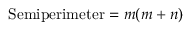
{ \mathrm { S e m i p e r i m e t e r } } = m ( m + n )